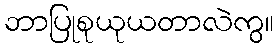
ဘာပြုစုယုယတာလဲကွ။